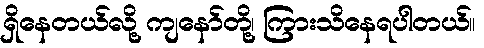
ရှိနေတယ်လို့ ကျနော်တို့၊ ကြားသိနေရပါတယ်။